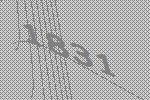
1831